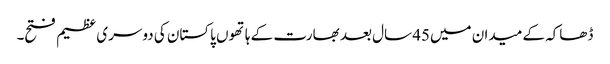
ڈھاکہ کے میدان میں45 سال بعد بھارت کے ہاتھوں پاکستان کی دوسری عظیم فتح۔